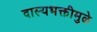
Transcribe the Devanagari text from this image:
दास्यभक्तीमुळे